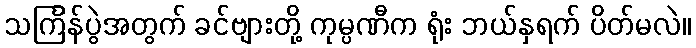
သင်္ကြန်ပွဲအတွက် ခင်ဗျားတို့ ကုမ္ပဏီက ရုံး ဘယ်နှရက် ပိတ်မလဲ။